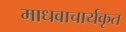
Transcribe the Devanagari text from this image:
माधवाचार्यकृत